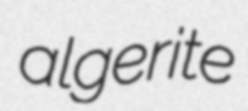
algerite